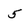
Character: 5